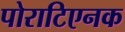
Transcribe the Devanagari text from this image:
पोराटिएनक